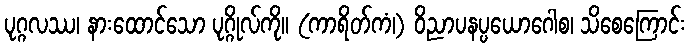
ပုဂ္ဂလဿ၊ နားထောင်သော ပုဂ္ဂိုလ်ကို။ (ကာရိတ်ကံ၊) ဝိညာပနပ္ပယောဂေါစ၊ သိစေကြောင်း